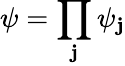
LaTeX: \psi=\prod_{\mathbf{j}}\psi_{\mathbf{j}}